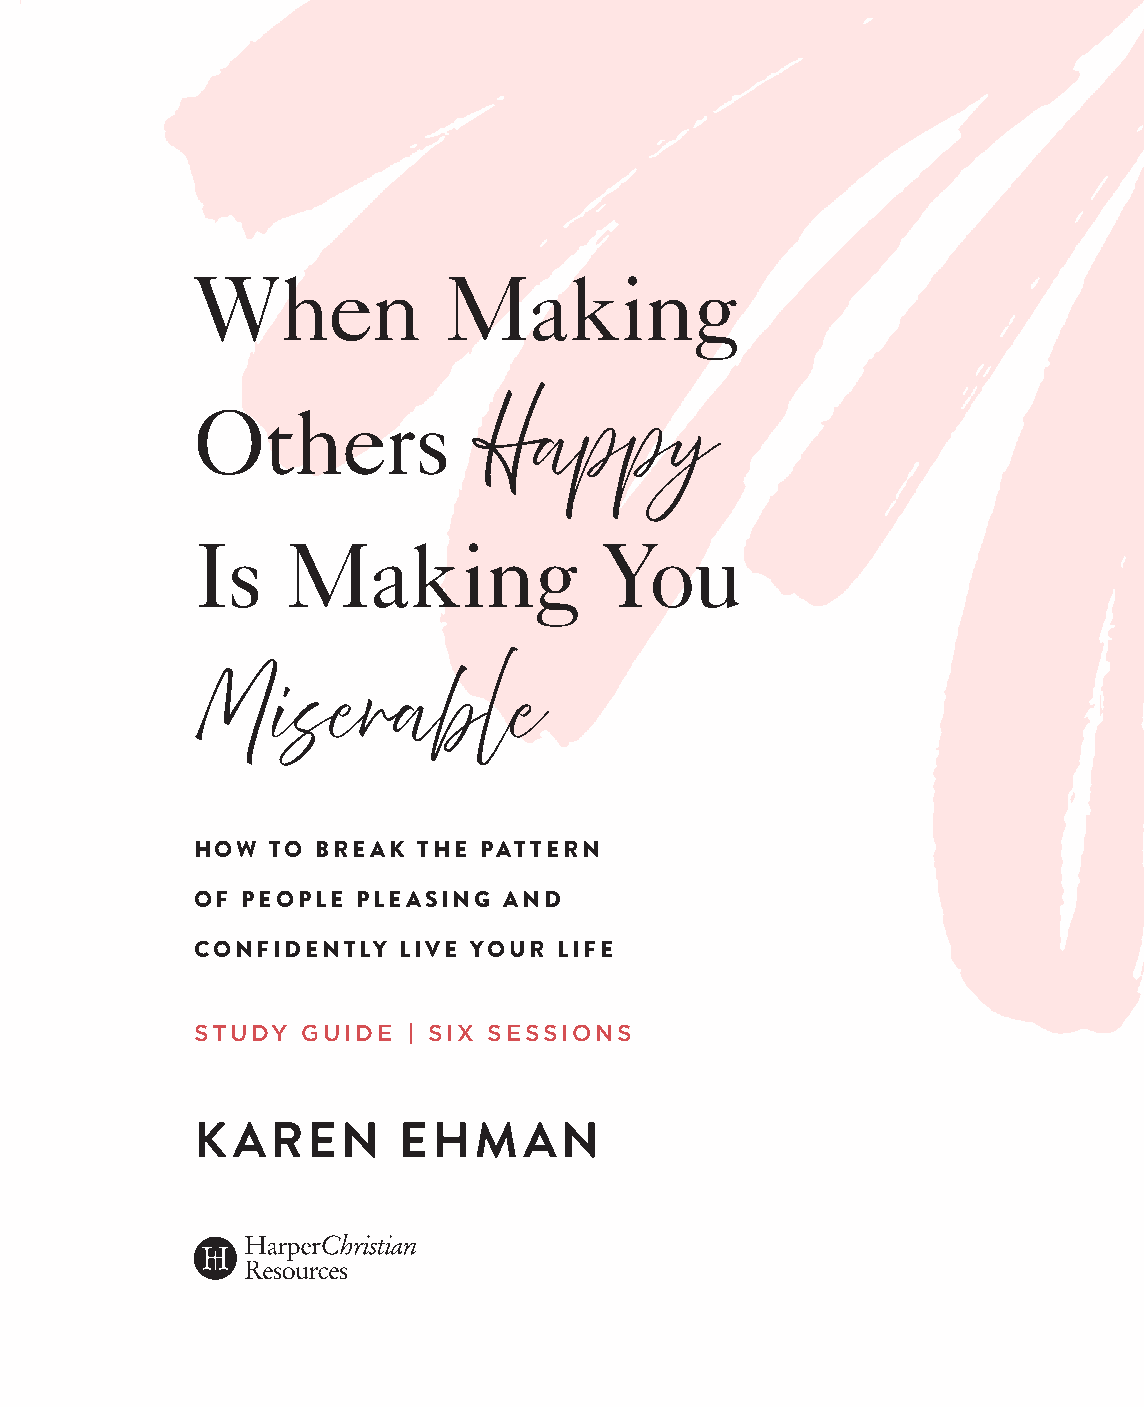
When            Making
 Others
 Happy
 Is    Making               You
 Miserable
 HOW  TO BREAK  THE PATTERN
 OF PEOPLE  PLEASING AND
 CONFIDENTLY  LIVE YOUR  LIFE
 STUDY  GUIDE  | SIX SESSIONS
 KAREN        EHMAN
 99778800331100008822776677__MMaakkiinnggOOtthheerrssHHaappppyySSGG__iinntt__SSCC..iinndddd 11 1100//1122//2211 11::1177 PPMM